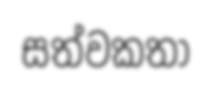
සත්වකතා